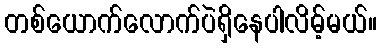
တစ်ယောက်လောက်ပဲရှိနေပါလိမ့်မယ်။